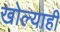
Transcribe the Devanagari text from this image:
खोल्याही